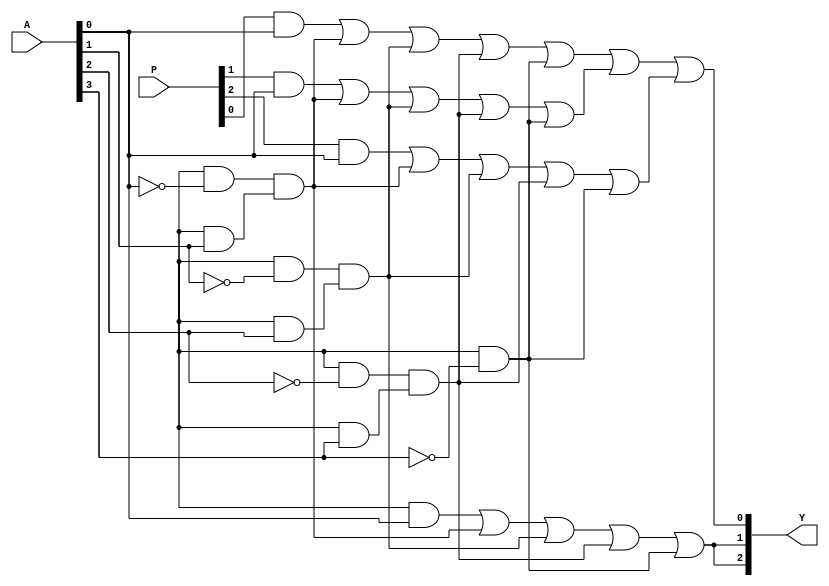
module jewel_pal (
    input wire [n-1:0] A,      // n input pins
    input wire [m-1:0] P,      // m programming signals for AND array
    output wire [m-1:0] Y      // m output pins
);

// Parameters
parameter n = 4; // Number of inputs (A1, A2, A3, A4)
parameter m = 3; // Number of outputs (Y1, Y2, Y3)
parameter p_terms = 8; // Number of product terms in AND array

// Internal signals for AND array outputs
wire [p_terms-1:0] and_out;

// Programmable AND array
genvar i, j;
generate
    for (i = 0; i < p_terms; i = i + 1) begin : and_array
        // Each AND gate can be programmed to connect inputs A or their inverses
        assign and_out[i] = (P[i] & A[0]) | (P[i + p_terms] & ~A[0]) & // A1
                             (P[i + 2*p_terms] & A[1]) | (P[i + 3*p_terms] & ~A[1]) & // A2
                             (P[i + 4*p_terms] & A[2]) | (P[i + 5*p_terms] & ~A[2]) & // A3
                             (P[i + 6*p_terms] & A[3]) | (P[i + 7*p_terms] & ~A[3]); // A4
    end
endgenerate

// Fixed OR array
assign Y[0] = and_out[0] | and_out[1] | and_out[2]; // Output Y1
assign Y[1] = and_out[3] | and_out[4];               // Output Y2
assign Y[2] = and_out[5] | and_out[6] | and_out[7]; // Output Y3

endmodule